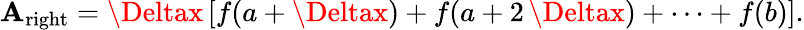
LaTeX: \mathbf{A}_{\mathrm{{right}}}=\Deltax\left[f(a+\Deltax)+f(a+2\, \Deltax)+\cdots+f(b)\right].